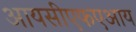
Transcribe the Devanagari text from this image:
आयसीएफएआय